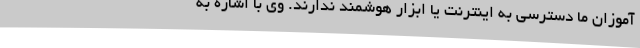
آموزان ما دسترسی به اینترنت یا ابزار هوشمند ندارند. وی با اشاره به